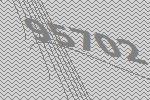
95702